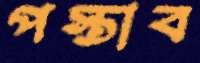
পস্তাব